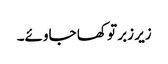
زیر زبر تو کھا جاوئے۔